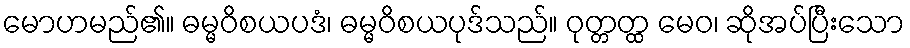
မောဟမည်၏။ ဓမ္မဝိစယပဒံ၊ ဓမ္မဝိစယပုဒ်သည်။ ဝုတ္တတ္ထ မေဝ၊ ဆိုအပ်ပြီးသော